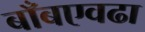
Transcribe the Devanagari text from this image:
बाँबएवढा